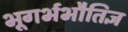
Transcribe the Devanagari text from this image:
भूगर्भभौतिज्ञ